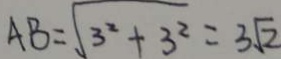
A B = \sqrt { 3 ^ { 2 } + 3 ^ { 2 } } = 3 \sqrt { 2 }